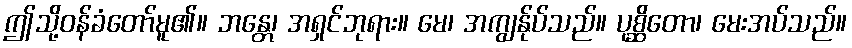
ဤသို့ဝန်ခံတော်မူ၏။ ဘန္တေ၊ အရှင်ဘုရား။ မေ၊ အကျွန်ုပ်သည်။ ပုစ္ဆိတော၊ မေးအပ်သည်။